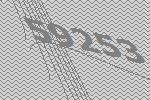
59253